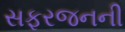
સફરજનની